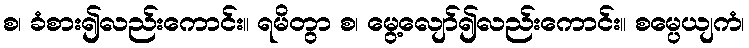
စ၊ ခံစား၍လည်းကောင်း။ ရမိတွာ စ၊ မွေ့လျော်၍လည်းကောင်း။ စမ္ပေယျကံ၊